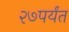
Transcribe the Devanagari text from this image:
२७पर्यंत